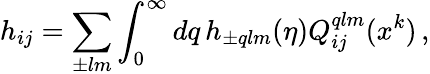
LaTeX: h_{ij}=\sum_{\pm lm}\int_{0}^{\infty}dq\, h_{\pm qlm}(\eta)Q_{ij}^{qlm}(x^{k})\, ,